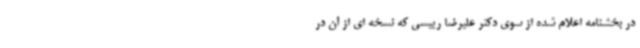
در بخشنامه اعلام شده از سوی دکتر علیرضا رییسی که نسخه ای از آن در